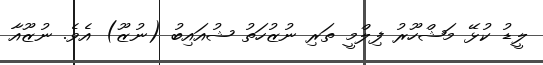
ލީޑު ކުޅޭ މަޝްހޫރު ފިލްމީ ތަރި ނުޒުހަތު ޝުއައިބު (ނުޒޫ) އެވެ. ނުޒޫއާ